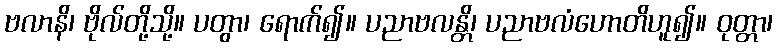
ဗလာနိ၊ ဗိုလ်တို့သို့။ ပတွာ၊ ရောက်၍။ ပညာဗလန္တိ၊ ပညာဗလံဟောတိဟူ၍။ ဝုတ္တာ၊